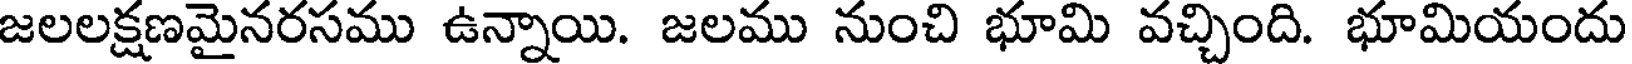
జలలక్షణమైనరసము ఉన్నాయి. జలము నుంచి భూమి వచ్చింది. భూమియందు